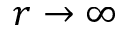
r \rightarrow \infty